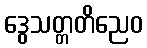
ဒွေသတ္တတိညေဝ